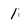
Character: 1